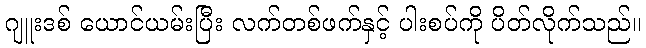
ဂျူးဒစ် ယောင်ယမ်းပြီး လက်တစ်ဖက်နှင့် ပါးစပ်ကို ပိတ်လိုက်သည်။